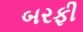
બરફી